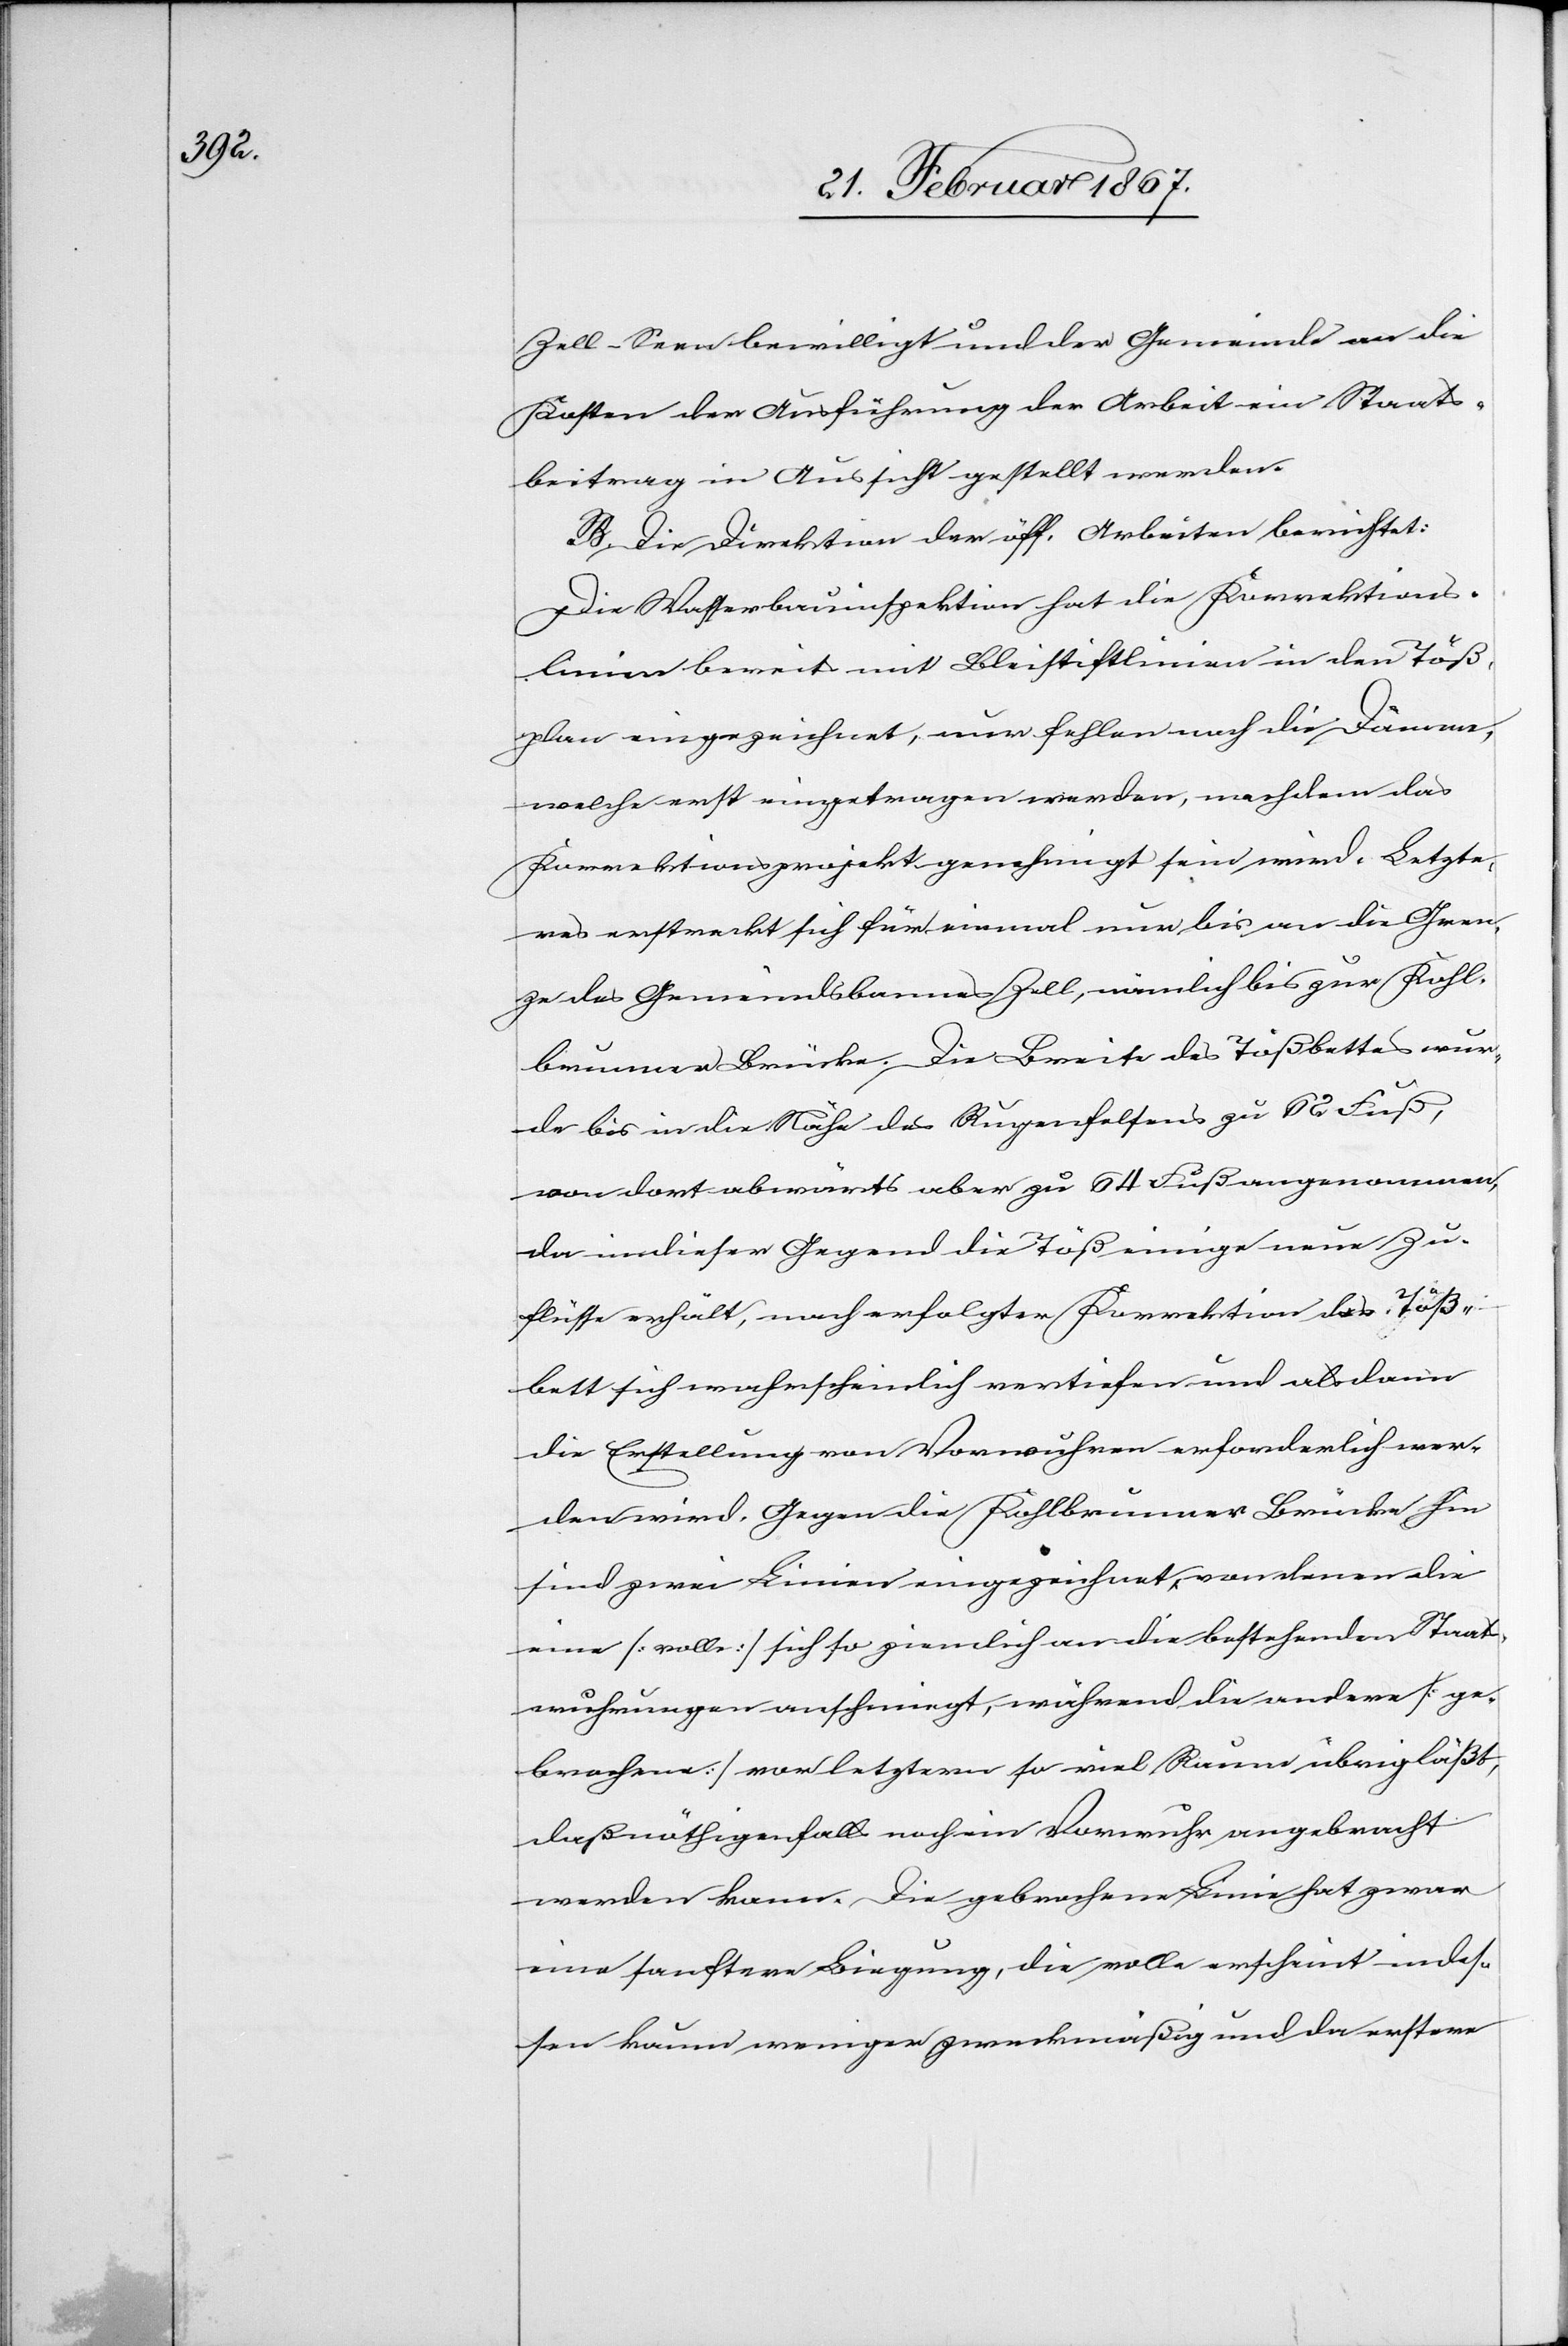
Zell-Seen bewilligt und der Gemeinde an die
Kosten der Ausführung der Arbeit ein Staats¬
beitrag in Aussicht gestellt werden.
B. Die Direktion der öff. Arbeiten berichtet:
Die Wasserbauinspektion hat die Korrektions¬
linien bereits mit Bleistiftlinien in den Töß¬
plan eingezeichnet, nur fehlen noch die Dämme,
welche erst eingetragen werden, nachdem das
Korrektionsprojekt genehmigt sein wird. Letzte¬
res erstreckt sich für einmal nur bis an die Gren¬
ze des Gemeindsbannes Zell, nämlich bis zur Kohl¬
brunner Brücke. Die Breite des Tößbettes wur¬
de bis in die Nähe des Rupenfelsens zu 62 Fuß,
von dort abwärts aber zu 64 Fuß angenommen,
da in dieser Gegend die Töß einige neue Zu¬
flüsse erhält, nach erfolgter Korrektion das Töß¬
bett sich wahrscheinlich vertiefen und alsdann
die Erstellung von Vorwuhren erforderlich wer¬
den wird. Gegen die Kohlbrunner Brücke hin
sind zwei Linien eingezeichnet, von denen die
eine [volle] sich so ziemlich an die bestehenden Staats¬
wuhrungen anschmiegt, während die andere [ge¬
brochene] vor letztern so viel Raum übrig läßt,
daß nöthigenfalls noch ein Vorwuhr angebracht
werden kann. Die gebrochene Linie hat zwar
eine sanftere Biegung die volle erscheint indes¬
sen kaum weniger zweckmäßig und da erstere